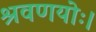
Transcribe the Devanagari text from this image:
श्रवणयोः।